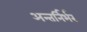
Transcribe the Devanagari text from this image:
अन्तर्निर्भर